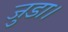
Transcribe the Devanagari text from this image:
जुडा।